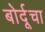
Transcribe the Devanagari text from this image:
बोर्दूचा